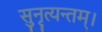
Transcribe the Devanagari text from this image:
सुनृत्यन्तम्‌।